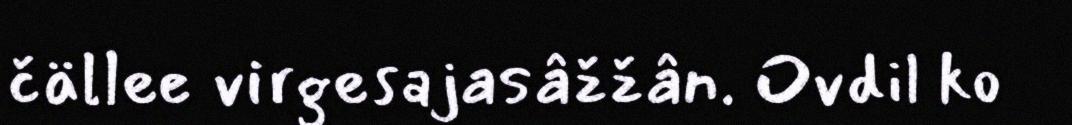
čällee virgesajasâžžân. Ovdil ko